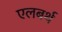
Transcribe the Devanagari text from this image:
एलबर्थ